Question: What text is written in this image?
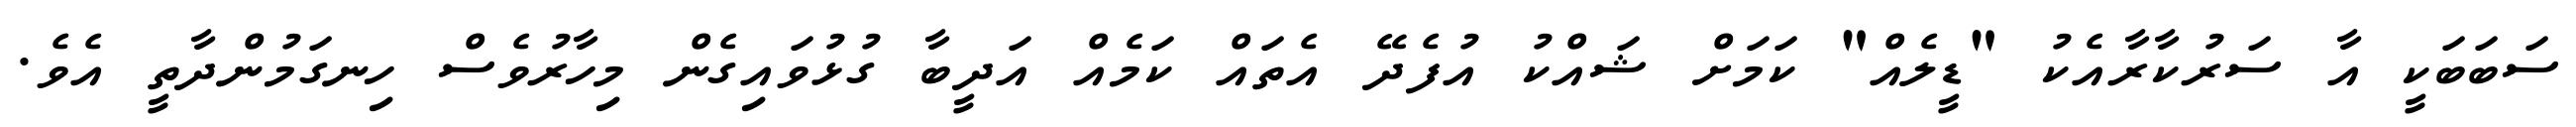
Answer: ސަބަބަކީ އާ ސަރުކާރާއެކު "ޑީލެއް" ކަމަށް ޝައްކު އުފެދޭ އެތައް ކަމެއް އަދީބާ ގުޅުވައިގެން މިހާރުވެސް ހިނގަމުންދާތީ އެވެ.